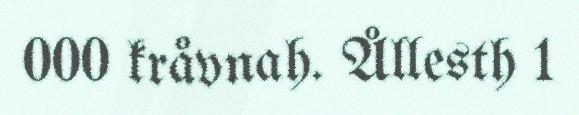
000 kråvnah. Ållesth 1